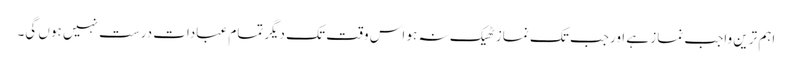
اہم ترین واجب نماز ہے اورجب تک نماز ٹھیک نہ ہو اس وقت تک دیگرتمام عبادات درست نہیں ہوں گی۔